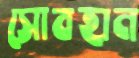
সোবহান